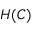
H ( C )